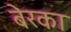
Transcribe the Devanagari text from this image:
बेरका